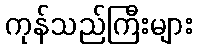
ကုန်သည်ကြီးများ